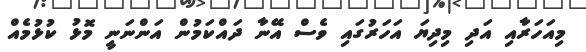
މިއަހަރާއި އަދި މިދިޔަ އަހަރުގައި ވެސް އޭނާ ދައްކަމުން އަންނަނީ މޮޅު ކުޅުމެއް